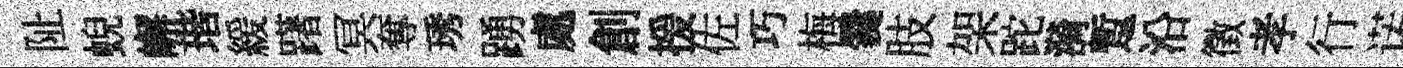
阯蜺嶰瑎緩躇冥奪琇踴處創援佐巧梅爨肢架跎漪蹔沿徵孝行诺